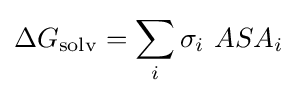
\Delta G_{\mathrm {solv} }=\sum _{i}\sigma _{i}\ ASA_{i}